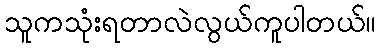
သူကသုံးရတာလဲလွယ်ကူပါတယ်။